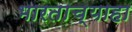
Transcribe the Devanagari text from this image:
भारताच्याहा